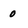
Character: 0